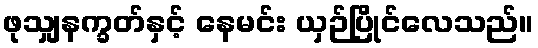
ဖုသျှနက္ခတ်နှင့် နေမင်း ယှဉ်ပြိုင်လေသည်။